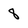
Character: 8